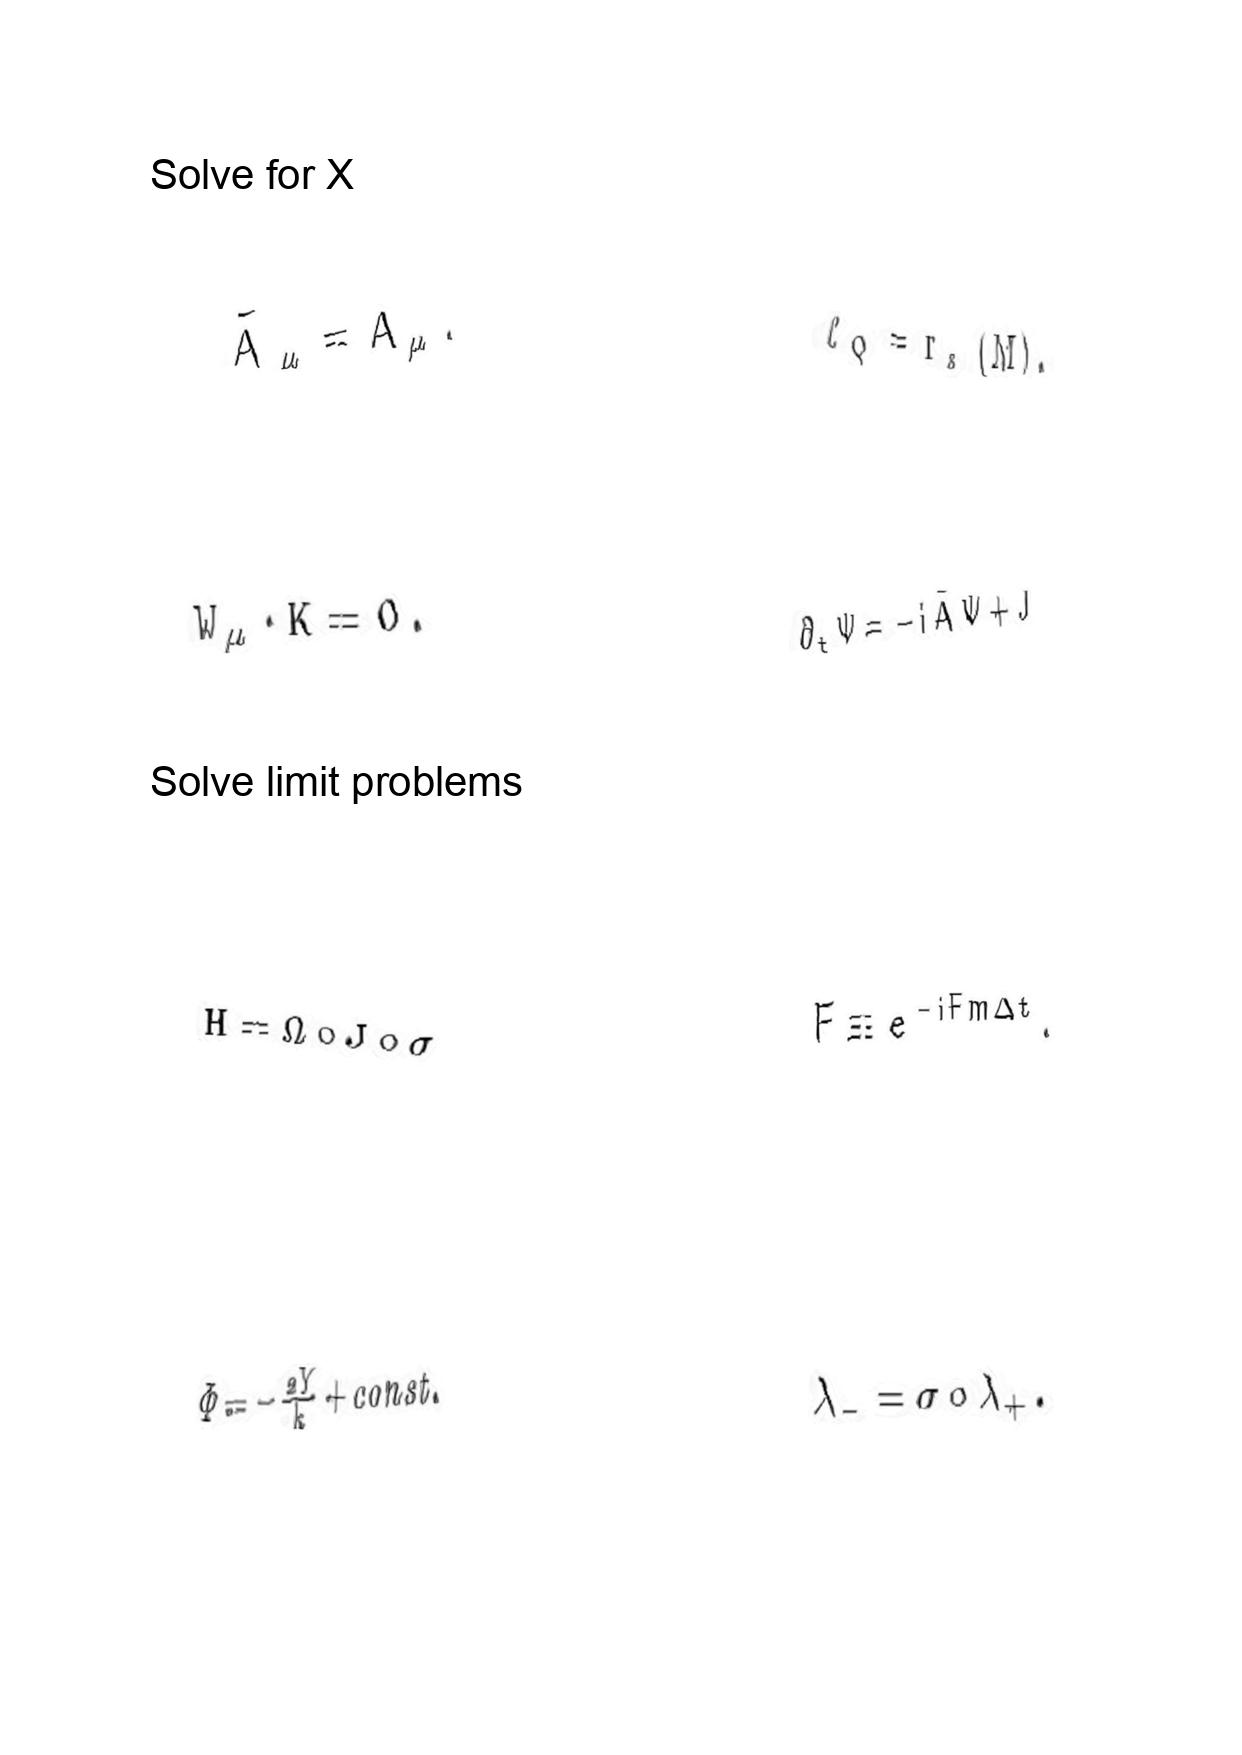
LaTeX transcription:
\tilde { A } _ { \mu } = A _ { \mu } .
W _ { \mu } \cdot K = 0 .
H = \Omega \circ J \circ \sigma
\Phi = - \frac { 2 Y } { k } + c o n s t .
\ell _ { Q } = r _ { s } \lparen M \rparen .
\partial _ { t } \Psi = - i \tilde { A } \Psi + J
F \equiv e ^ { - i F m \Delta t } .
\lambda _ { - } = \sigma \circ \lambda _ { + } .